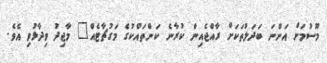
މޫސުމަށް އަންނަ ބަދަލުތަކަށް ރާއްޖެއިން ކުރާނެ ކަންތައްކުގެ މަގުޗާޓެއް" މާޖިދު ވިދާޅުވި އެވެ.